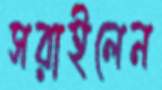
সরাইলেন